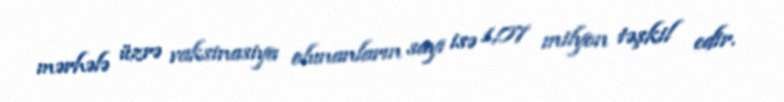
mərhələ üzrə vaksinasiya olunanların sayı isə 1,07 milyon təşkil edir.